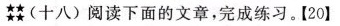
(十八)阅读下面的文章，完成练习。【20】